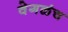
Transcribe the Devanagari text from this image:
वेगळंच